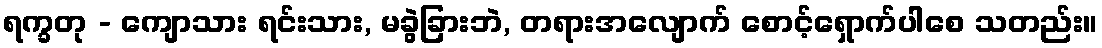
ရက္ခတု - ကျောသား ရင်းသား, မခွဲခြားဘဲ, တရားအလျောက် စောင့်ရှောက်ပါစေ သတည်း။